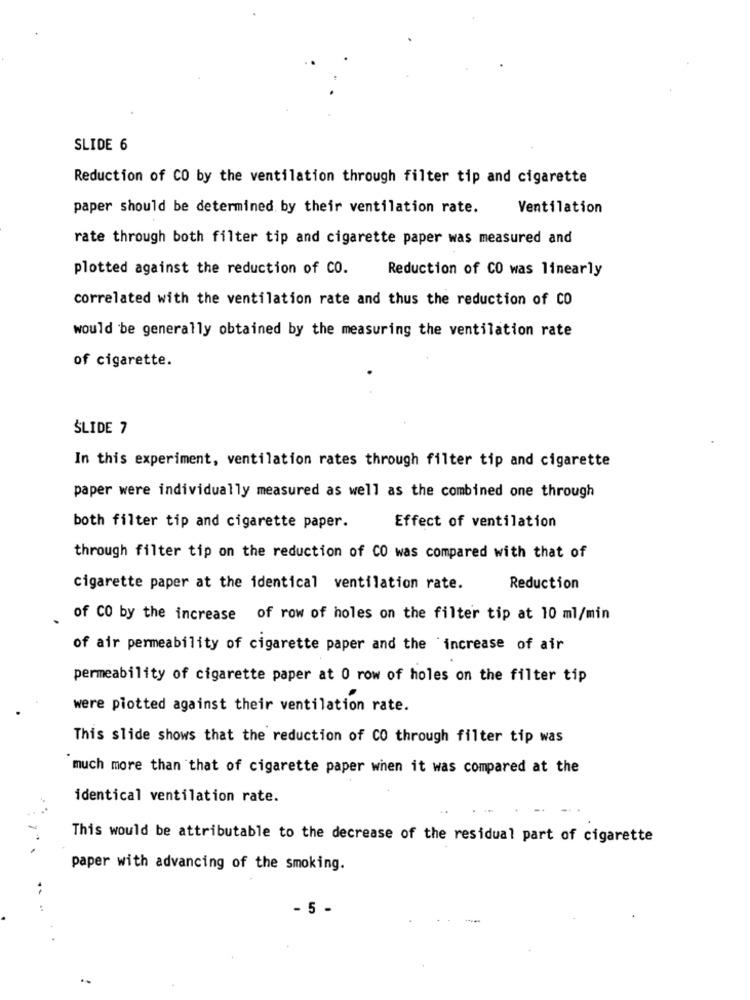
SLIDE 6
Reduction of CO by the ventilation through filter tip and cigarette
paper should be determined by their ventilation rate.
Ventilation
rate through both filter tip and cigarette paper was measured and
plotted against the reduction of CO.
Reduction of CO was linearly
correlated with the ventilation rate and thus the reduction of CO
would be generally obtained by the measuring the ventilation rate
of cigarette.
ŚLIDE 7
In this experiment, ventilation rates through filter tip and cigarette
paper were individually measured as well as the combined one through
both filter tip and cigarette paper.
Effect of ventilation
through filter tip on the reduction of CO was compared with that of
cigarette paper at the identical ventilation rate.
Reduction
of CO by the increase of row of holes on the filter tip at 10 ml/min
of air permeability of cigarette paper and the increase of air
permeability of cigarette paper at 0 row of holes on the filter tip
were plotted against their ventilation rate.
This slide shows that the reduction of CO through filter tip was
much more than that of cigarette paper when it was compared at the
identical ventilation rate.
This would be attributable to the decrease of the residual part of cigarette
paper with advancing of the smoking.
- 5 -